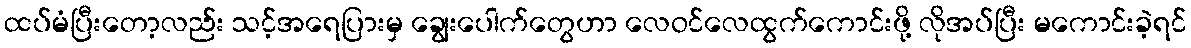
ထပ်မံပြီးတော့လည်း သင့်အရေပြားမှ ချွေးပေါက်တွေဟာ လေဝင်လေထွက်ကောင်းဖို့ လိုအပ်ပြီး မကောင်းခဲ့ရင်